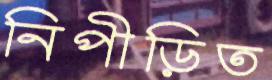
নিপীড়িত